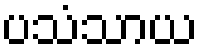
ပသံသာယ